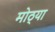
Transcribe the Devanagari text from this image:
मोठ्‍या